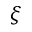
\xi